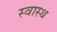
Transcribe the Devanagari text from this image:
स्‍वास्‍थ